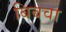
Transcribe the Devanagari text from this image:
बिबवा